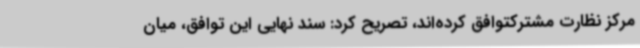
مرکز نظارت مشترکتوافق کرده‌اند، تصریح کرد: سند نهایی این توافق، میان